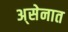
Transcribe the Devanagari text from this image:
अ्सेनात